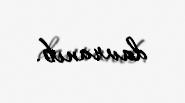
davranıb.